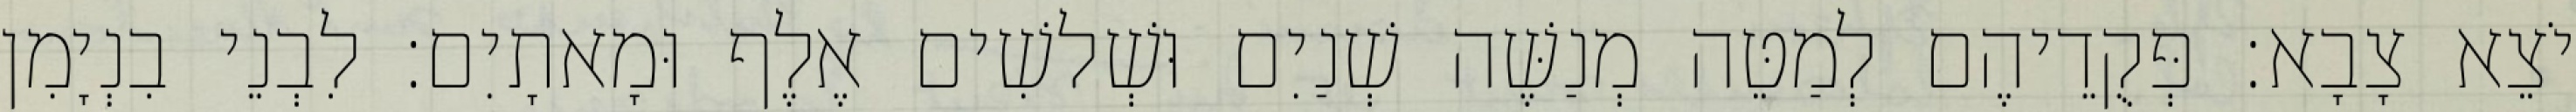
יֹצֵא צָבָא׃ פְּקֻדֵיהֶם לְמַטֵּה מְנַשֶּׁה שְׁנַיִם וּשְׁלשִׁים אֶלֶף וּמָאתָיִם׃ לִבְנֵי בִנְיָמִן